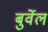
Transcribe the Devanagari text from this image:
बुर्वेल